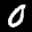
Label: 0